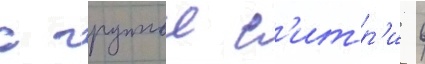
с группои с'итр'и в